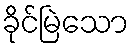
ခိုင်မြဲသော